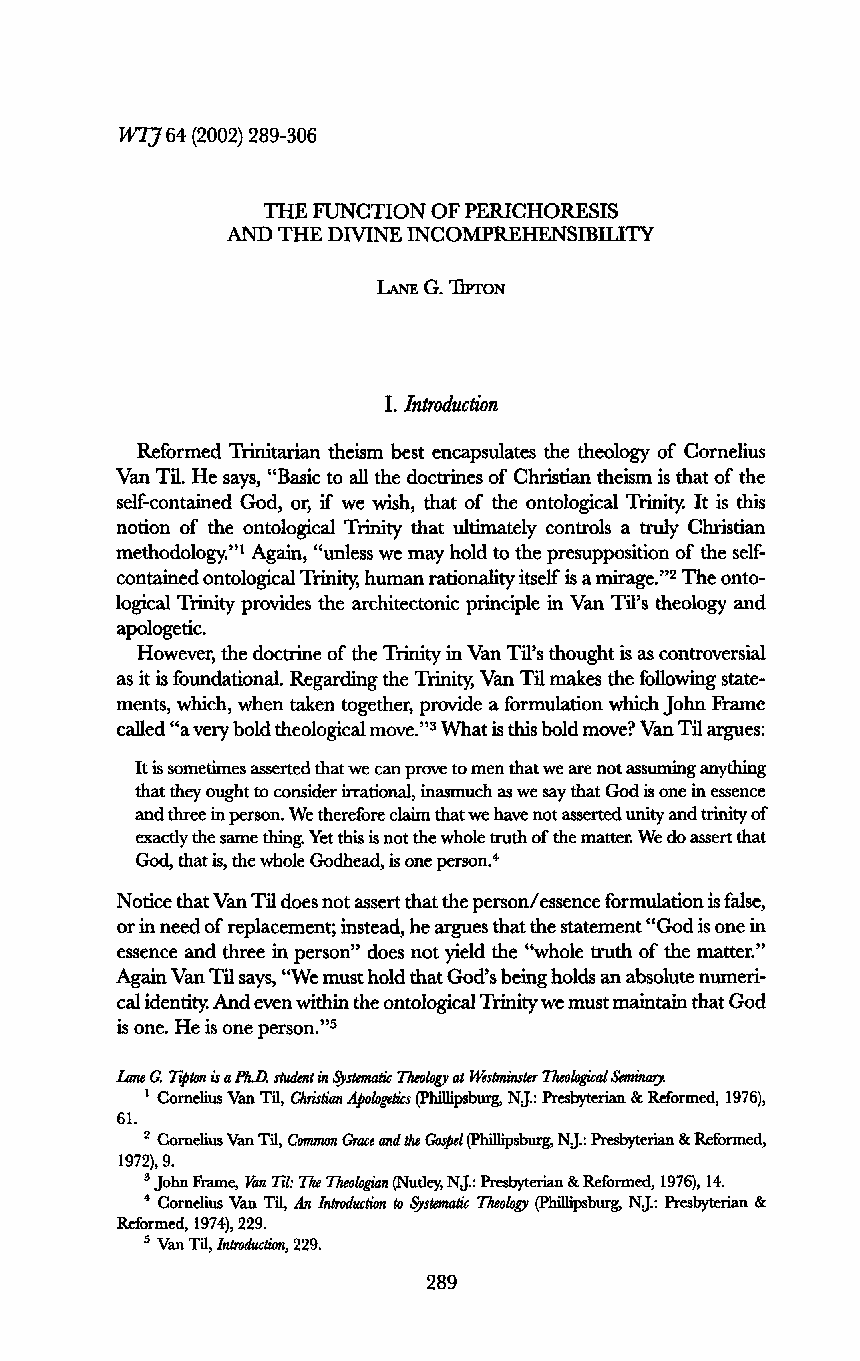
Wrj 64 (2002) 289-306
 THE FUNCTION OF PERICHORESIS
 AND THE DIVINE INCOMPREHENSIBILITY
 LANE G. TIPTON
 I. Introduction
 Reformed Trinitarian theism best encapsulates the theology of Cornelius
 Van Til. He says, "Basic to all the doctrines of Christian theism is that of the
 self-contained God, or, if we wish, that of the ontological Trinity. It is this
 notion of the ontological Trinity that ultimately controls a truly Christian
 methodology."1 Again, "unless we may hold to the presupposition of the self-
 contained ontological Trinity, human rationality itself is a mirage."2 The onto-
 logical Trinity provides the architectonic principle in Van Til's theology and
 apologetic.
 However, the doctrine of the Trinity in Van Til's thought is as controversial
 as it is foundational. Regarding the Trinity, Van Til makes the following state-
 ments, which, when taken together, provide a formulation which John Frame
 called "a very bold theological move."3 What is this bold move? Van Til argues:
 It is sometimes asserted that we can prove to men that we are not assuming anything
 that they ought to consider irrational, inasmuch as we say that God is one in essence
 and three in person. We therefore claim that we have not asserted unity and trinity of
 exactly the same thing. Yet this is not the whole truth of the matter. We do assert that
 God, that is, the whole Godhead, is one person.4
 Notice that Van Til does not assert that the person/essence formulation is false,
 or in need of replacement; instead, he argues that the statement "God is one in
 essence and three in person" does not yield the "whole truth of the matter."
 Again Van Til says, "We must hold that God's being holds an absolute numeri-
 cal identity. And even within the ontological Trinity we must maintain that God
 is one. He is one person."5
 Lane G. Tipton is a Ph.D. student in Systematic Theology at Westminster Theological Seminary.
 1 Cornelius Van Til, Christian Apologetics (Phillipsburg, N.J.: Presbyterian & Reformed, 1976),
 61.
 2 Cornelius Van Til, Common Grace and the Gospel (Phillipsburg, NJ.: Presbyterian & Reformed,
 1972), 9.
 3 John Frame, Van Tú: The Theobgian (Nutley, N.J.: Presbyterian & Reformed, 1976), 14.
 4 Cornelius Van Til, An Introduction to Systematic Theology (Phillipsburg, N.J.: Presbyterian &
 Reformed, 1974), 229.
 5 Van Til, Introduction, 229.
 289